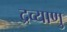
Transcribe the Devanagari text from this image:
द्रव्याणु